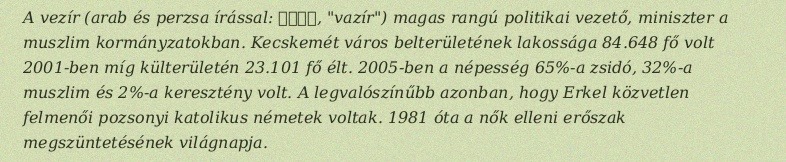
A vezír (arab és perzsa írással: وزير, "vazír") magas rangú politikai vezető, miniszter a muszlim kormányzatokban. Kecskemét város belterületének lakossága 84.648 fő volt 2001-ben míg külterületén 23.101 fő élt. 2005-ben a népesség 65%-a zsidó, 32%-a muszlim és 2%-a keresztény volt. A legvalószínűbb azonban, hogy Erkel közvetlen felmenői pozsonyi katolikus németek voltak. 1981 óta a nők elleni erőszak megszüntetésének világnapja.